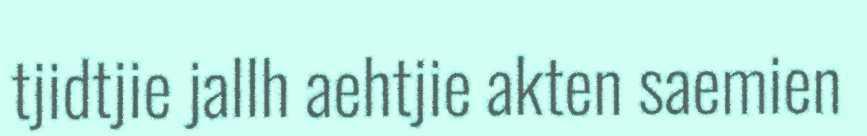
tjidtjie jallh aehtjie akten saemien